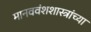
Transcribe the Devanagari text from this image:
मानववंशशास्त्रांच्या